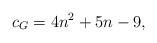
LaTeX: \begin{align*}c_G=4n^2+5n-9,\end{align*}